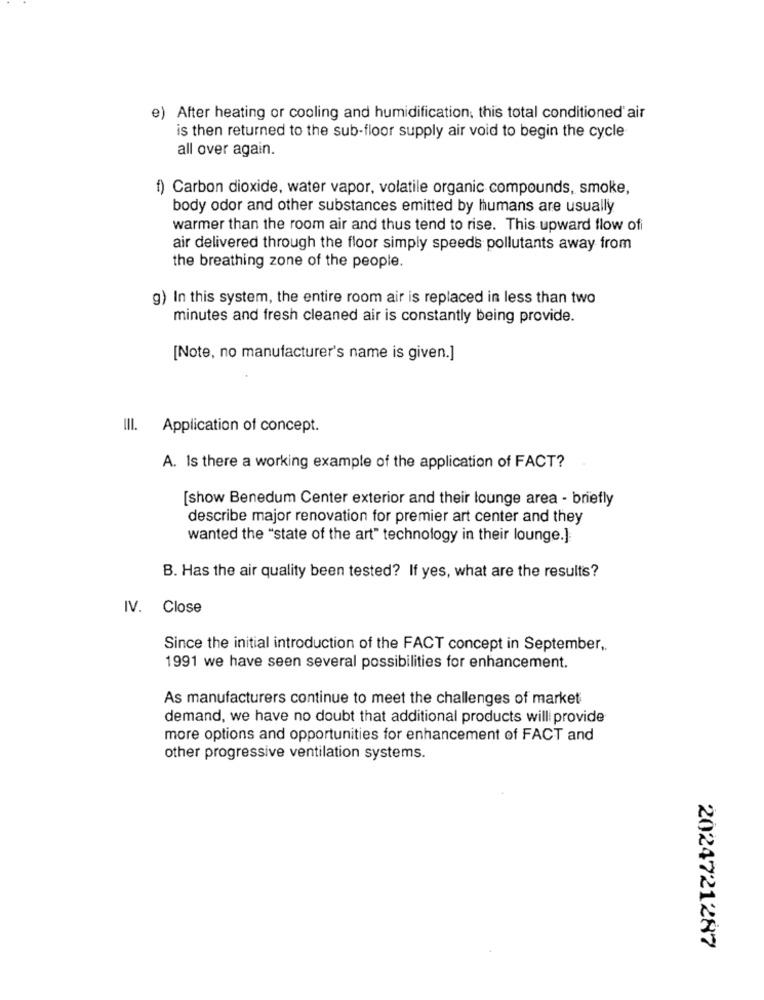
e) After heating or cooling and humidification, this total conditioned'air
is then returned to the sub-floor supply air void to begin the cycle
all over again.
f) Carbon dioxide, water vapor, volatile organic compounds, smoke,
body odor and other substances emitted by humans are usually
warmer than the room air and thus tend to rise. This upward flow ofi
air delivered through the floor simply speeds pollutants away from
the breathing zone of the people.
g) In this system, the entire room air is replaced in less than two
minutes and fresh cleaned air is constantly being provide.
[Note, no manufacturer's name is given.]
III. Application of concept.
A. Is there a working example of the application of FACT?
[show Benedum Center exterior and their lounge area - briefly
describe major renovation for premier art center and they
wanted the "state of the art" technology in their lounge.]
B. Has the air quality been tested? If yes, what are the results?
IV. Close
Since the initial introduction of the FACT concept in September,
1991 we have seen several possibilities for enhancement.
As manufacturers continue to meet the challenges of market
demand, we have no doubt that additional products will provide
more options and opportunities for enhancement of FACT and
other progressive ventilation systems.
2024721287